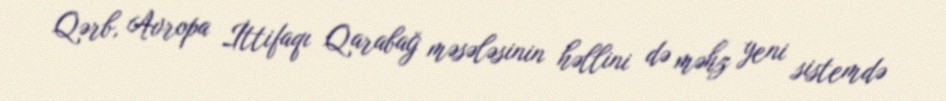
Qərb, Avropa İttifaqı Qarabağ məsələsinin həllini də məhz yeni sistemdə